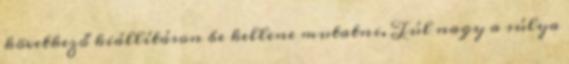
következő kiállításon be kellene mutatni. Túl nagy a súlya